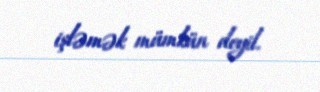
işləmək mümkün deyil.